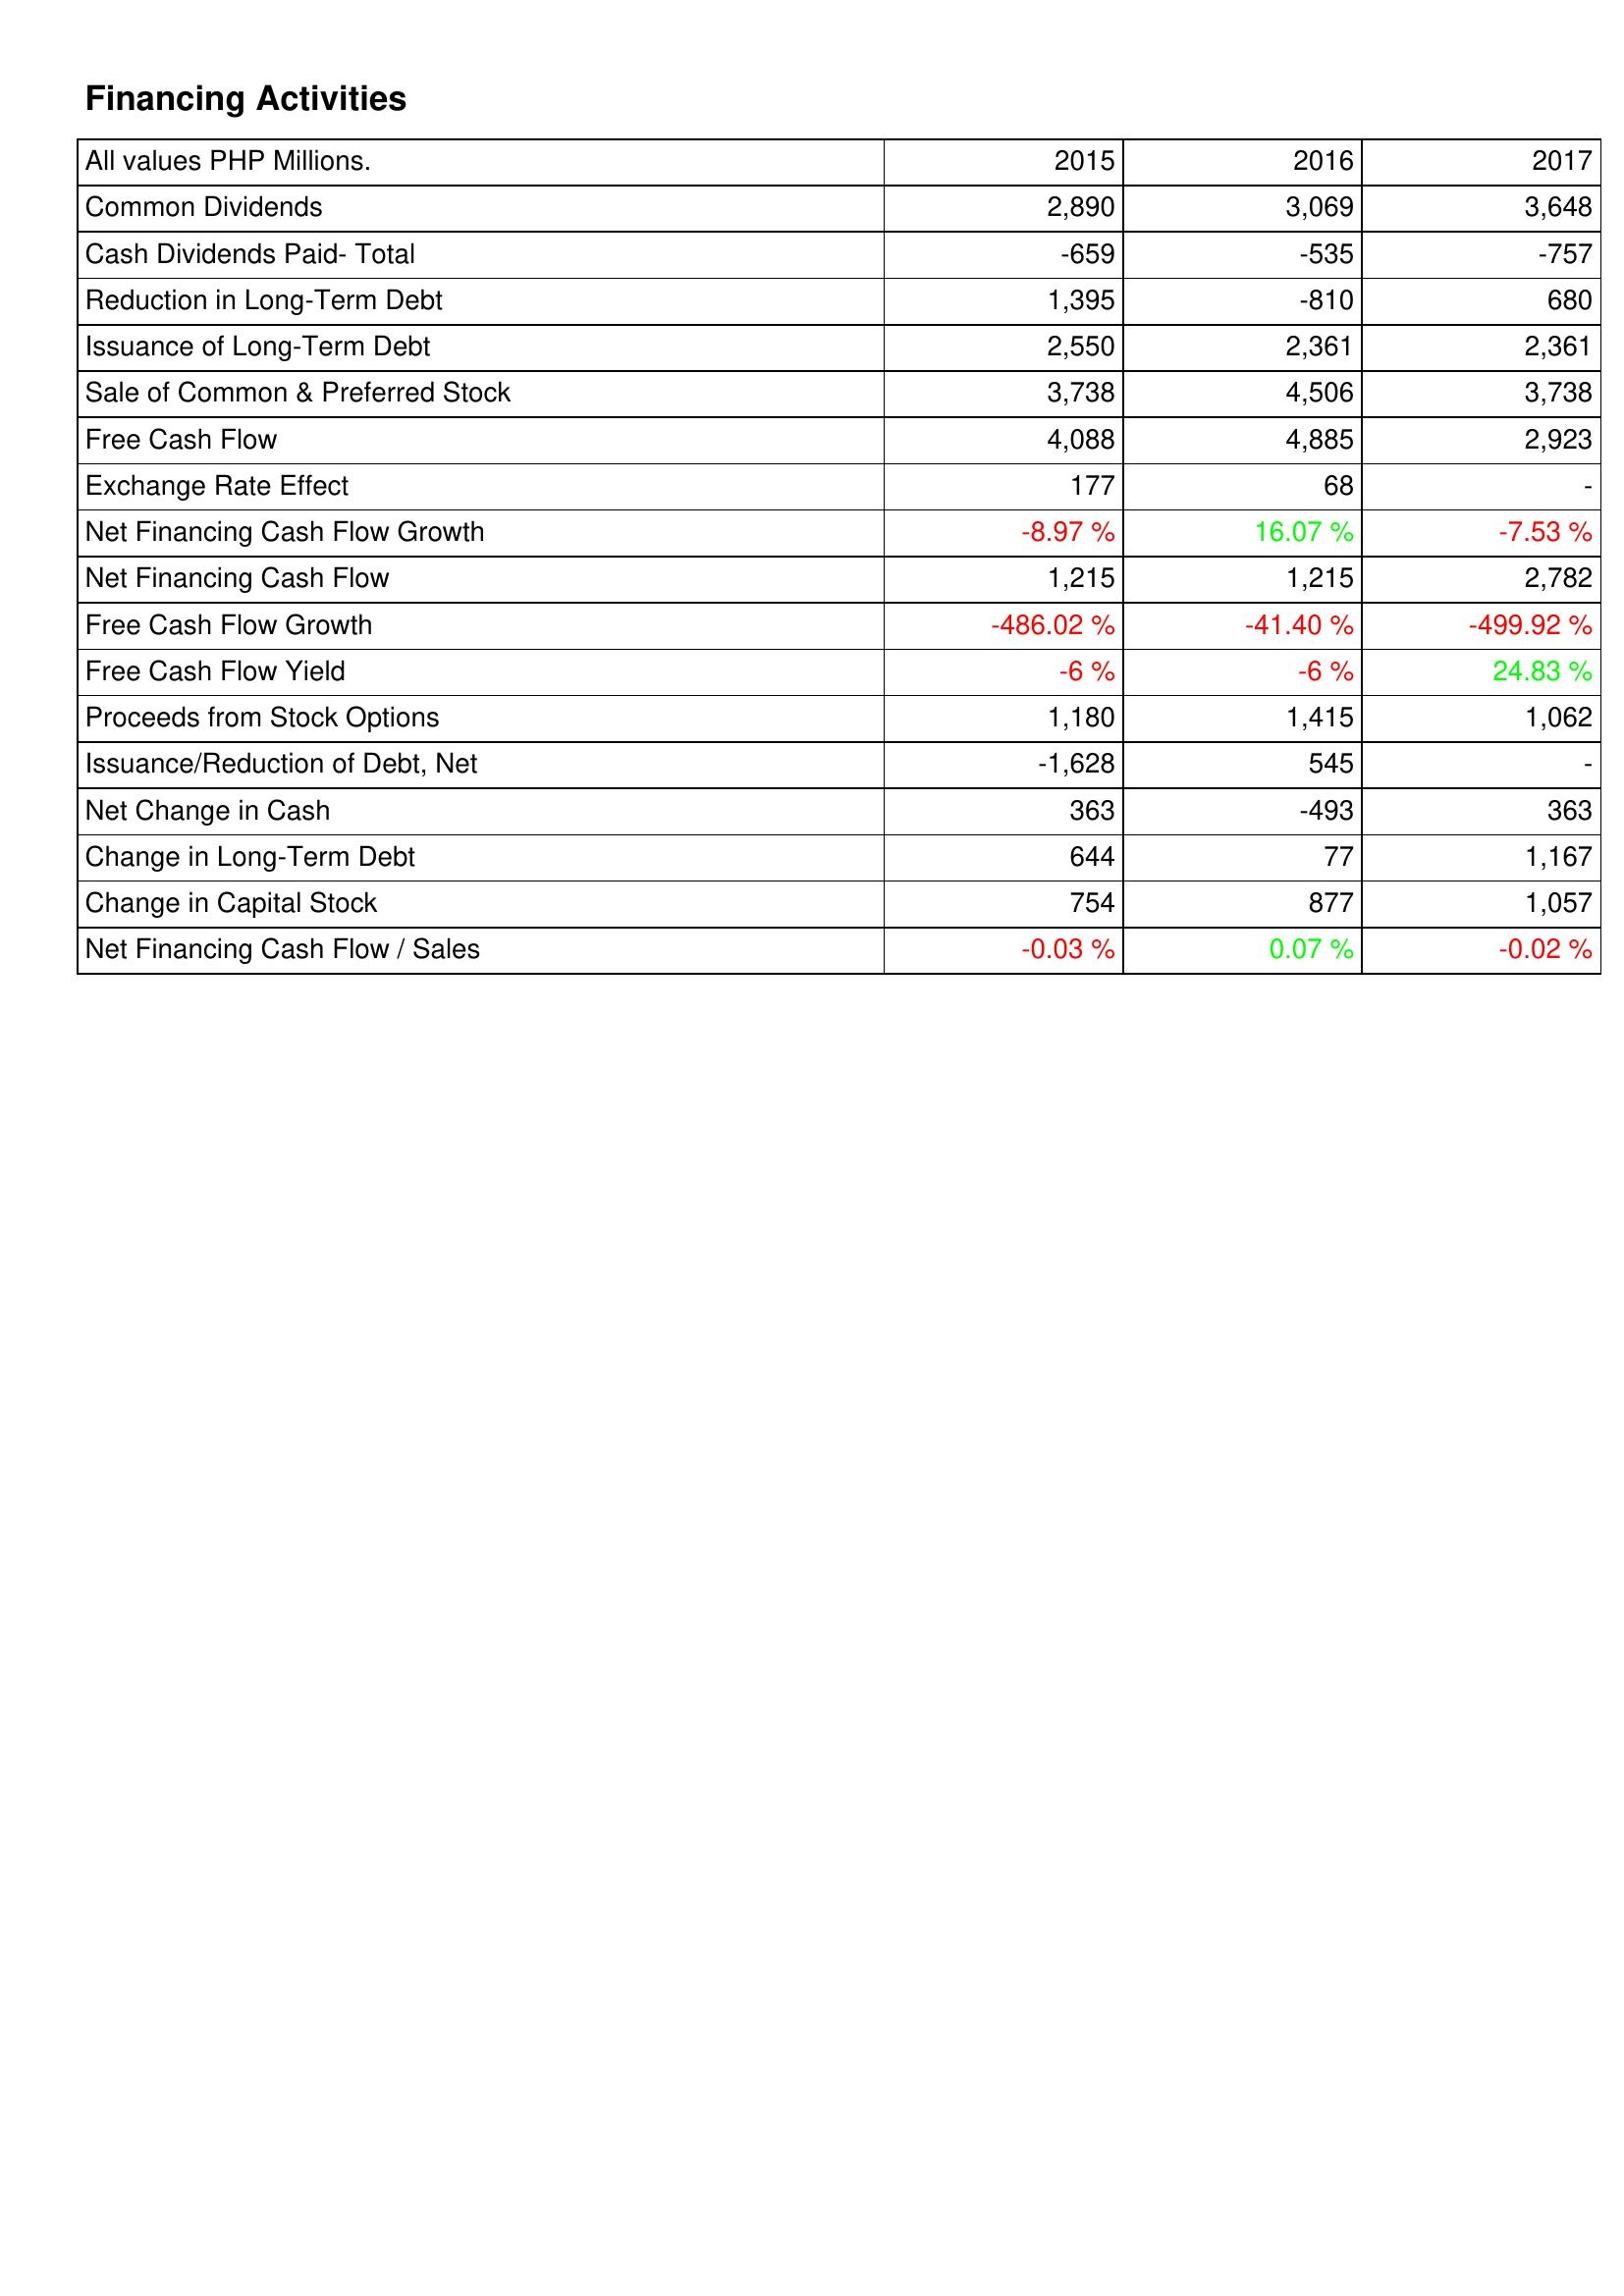
2015: Financing Activities: Common Dividends: 2,890
Cash Dividends Paid- Total: -659
Reduction in Long-Term Debt: 1,395
Issuance of Long-Term Debt: 2,550
Sale of Common & Preferred Stock: 3,738
Free Cash Flow: 4,088
Exchange Rate Effect: 177
Net Financing Cash Flow Growth: -8.97 %
Net Financing Cash Flow: 1,215
Free Cash Flow Growth: -486.02 %
Free Cash Flow Yield: -6 %
Proceeds from Stock Options: 1,180
Issuance/Reduction of Debt, Net: -1,628
Net Change in Cash: 363
Change in Long-Term Debt: 644
Change in Capital Stock: 754
Net Financing Cash Flow / Sales: -0.03 %
2016: Financing Activities: Common Dividends: 3,069
Cash Dividends Paid- Total: -535
Reduction in Long-Term Debt: -810
Issuance of Long-Term Debt: 2,361
Sale of Common & Preferred Stock: 4,506
Free Cash Flow: 4,885
Exchange Rate Effect: 68
Net Financing Cash Flow Growth: 16.07 %
Net Financing Cash Flow: 1,215
Free Cash Flow Growth: -41.40 %
Free Cash Flow Yield: -6 %
Proceeds from Stock Options: 1,415
Issuance/Reduction of Debt, Net: 545
Net Change in Cash: -493
Change in Long-Term Debt: 77
Change in Capital Stock: 877
Net Financing Cash Flow / Sales: 0.07 %
2017: Financing Activities: Common Dividends: 3,648
Cash Dividends Paid- Total: -757
Reduction in Long-Term Debt: 680
Issuance of Long-Term Debt: 2,361
Sale of Common & Preferred Stock: 3,738
Free Cash Flow: 2,923
Exchange Rate Effect: -
Net Financing Cash Flow Growth: -7.53 %
Net Financing Cash Flow: 2,782
Free Cash Flow Growth: -499.92 %
Free Cash Flow Yield: 24.83 %
Proceeds from Stock Options: 1,062
Issuance/Reduction of Debt, Net: -
Net Change in Cash: 363
Change in Long-Term Debt: 1,167
Change in Capital Stock: 1,057
Net Financing Cash Flow / Sales: -0.02 %